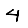
Digit: 4